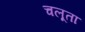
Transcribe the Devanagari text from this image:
चलूता